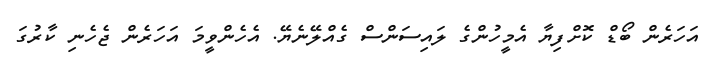
އަހަރެން ބޯޑް ކޮށްފިޔާ އެމީހުންގެ ލައިސަންސް ގެއްލޭނެޔޭ. އެހެންވީމަ އަހަރެން ޖެހެނި ކާރުގަ